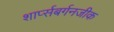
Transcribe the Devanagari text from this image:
शार्प्सबर्गनजीक